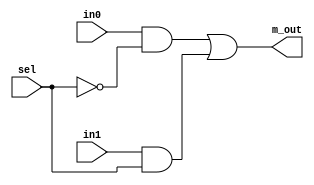
//Modulo de Multiplexacao:
//Entradas: 	
//		in0: entrada 0
//		in1: entrada 1
//		sel: selecao
//Saidas:	
//		out: saida
module nR_MUX2(in0,in1,sel,m_out);
	input[7:0] in0,in1;
	input sel;
	output [7:0] m_out;

	assign m_out = (in0&~sel) | (in1&sel);
endmodule

//Modulo de Multiplexacao:
//Entradas: 	
//		in0: entrada 0
//		in1: entrada 1
//		in2: entrada 2
//		in3: entrada 3
//		sel: selecao
//Saidas:	
//		out: saida
module nR_MUX4(in0,in1,in2,in3,sel,out);
	input[7:0] in0,in1,in2,in3;
	input[1:0] sel;
	output reg[7:0] out;
	always@(*)
	case(sel)
		0: out<=in0;
		1: out<=in1;
		2: out<=in2;
		3: out<=in3;
	endcase
endmodule